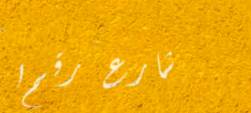
شارع رقم ١